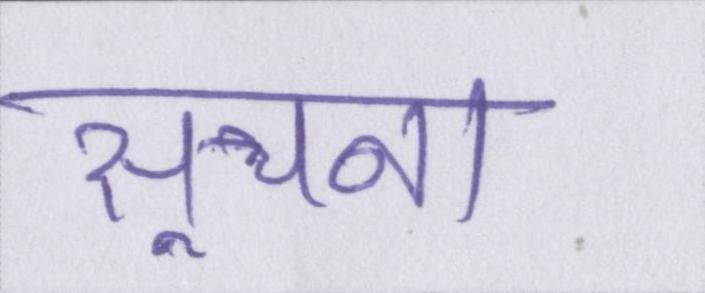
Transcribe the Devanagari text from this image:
सूचना